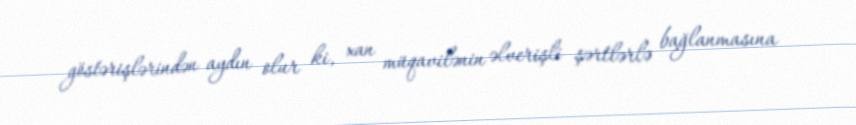
göstərişlərindən aydın olur ki, xan müqavilənin əlverişli şərtlərlə bağlanmasına